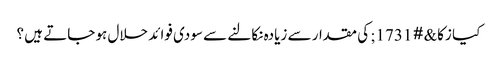
کیا زکا&#1731; کی مقدار سے زیادہ نکالنے سے سودی فوائد حلال ہو جاتے ہیں ؟